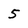
Character: 5